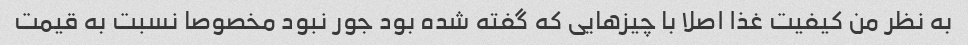
به نظر من کیفیت غذا اصلا با چیزهایی که گفته شده بود جور نبود مخصوصا نسبت به قیمت